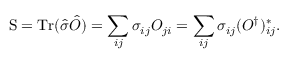
\mathrm { S } = \mathrm { T r } ( \hat { \sigma } \hat { O } ) = \sum _ { i j } \sigma _ { i j } O _ { j i } = \sum _ { i j } \sigma _ { i j } ( O ^ { \dagger } ) _ { i j } ^ { * } .